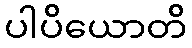
ပါပိယောတိ